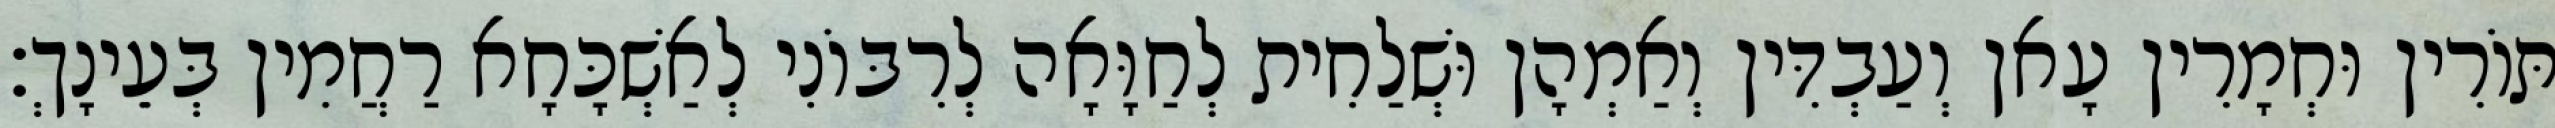
תּוֹרִין וּחְמָרִין עָאן וְעַבְדִּין וְאַמְהָן וּשְׁלַחִית לְחַוָּאָה לְרִבּוֹנִי לְאַשְׁכָּחָא רַחֲמִין בְּעֵינָךְ׃